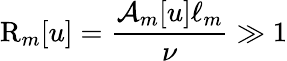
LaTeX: \mathrm{R}_{m}[u]=\frac{\mathcal{A}_{m}[u]\ell_{m}}{\nu}\gg 1